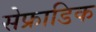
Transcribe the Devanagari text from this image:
सेफ्राडिक